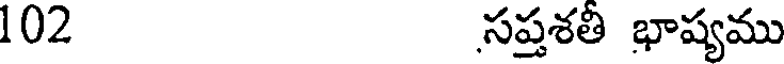
102 సప్తశతీ భాష్యము